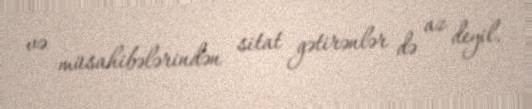
və müsahibələrindən sitat gətirənlər də az deyil.